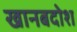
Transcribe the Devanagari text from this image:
खानबदोश